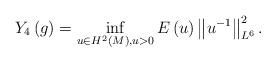
LaTeX: \begin{align*}Y_{4}\left( g\right) =\inf_{u\in H^{2}\left( M\right) ,u>0}E\left( u\right)\left\Vert u^{-1}\right\Vert _{L^{6}}^{2}. \end{align*}